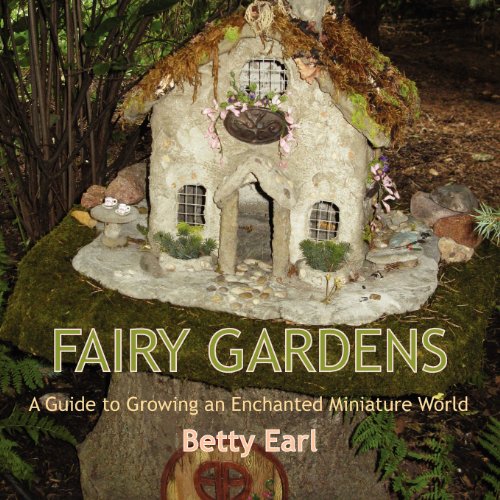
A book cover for Fairy Gardens: A Guide to Growing an Enchanted Miniature World; Betty Earl; Crafts, Hobbies & Home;